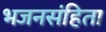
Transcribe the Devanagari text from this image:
भजनसंहिता